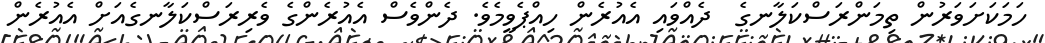
ހަމަކަށަވަރުން ތިމަންރަސްކަލާނގެ  ދެއްވައި އެއުރެން ހިއްޕެވީމެވެ. ދެންވެސް އެއުރެންގެ ވެރިރަސްކަލާނގެއަށް އެއުރެން